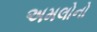
અમલોનો